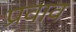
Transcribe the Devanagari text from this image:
प्रवाव